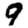
Digit: 9